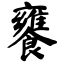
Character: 饔